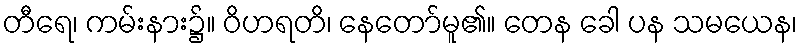
တီရေ၊ ကမ်းနား၌။ ဝိဟရတိ၊ နေတော်မူ၏။ တေန ခေါ ပန သမယေန၊